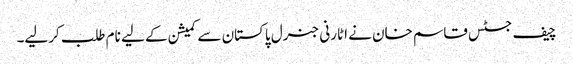
چیف جسٹس قاسم خان نے اٹارنی جنرل پاکستان سے کمیشن کے لیے نام طلب کرلیے۔